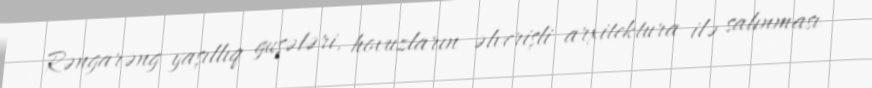
Rəngarəng yaşıllıq guşələri, hovuzların əlverişli arxitektura ilə salınması